Annual report of the Punjab Veterinary College and of the Civil Veterinary Department, Punjab - 1920-1925
Year: 1920
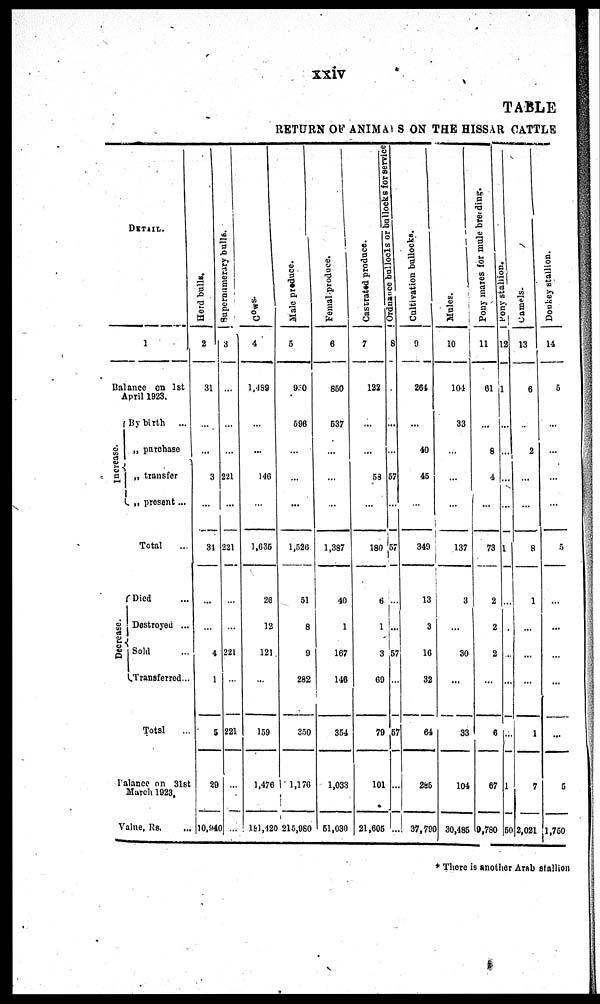
xxiv
TABLE
RETURN OF ANIMALS ON THE HISSAR CATTLE
DETAIL.
1
Balance on 1st
April 1923.
Increase{
By birth
...
„ purchase
„ transfer
present ...
Total
Decrease.{
Died ...
Destroyed ...
Sold
Transferred...
Total ...
Balance on 31st
March 1923.
Value, Rs. ...
Herd bulls.
2
31
...
...
3
...
34
...
...
4
1
5
29
10,940
Supernamerary bulls.
3
...
...
221
...
221
...
...
221
...
221
...
...
Cows.
4
1,489
...
...
146
...
1,635
26
12
121
...
159
1,476
161,420
Male produce.
5
930
596
...
...
...
1,526
51
8
9
282
350
1,170
215,980
Femal produce.
6
850
537
...
...
...
1,387
40
1
167
146
354
1,033
51,030
Castrated produce.
7
122
...
...
58
...
180
6
1
3
69
79
101
21,605
Ordance bullocls or bullocks for services
8
...
...
57
...
57
...
...
57
...
57
...
...
Cultivation bullocks.
9
264
...
40
45
...
349
13
3
10
32
64
285
37,700
Mules.
10
104
33
...
...
...
137
3
...
30
...
83
104
30,486
Pony mares for mule breeding.
11
61
...
8
4
...
73
2
2
2
...
6
67
9,780
Pony
stallion.
12
...
...
...
...
...
1
...
...
...
...
...
1
50
Camels.
13
6
...
2
...
...
8
1
...
...
...
1
7
2,021
Donkey stallion.
14
5
...
...
...
...
5
...
...
...
...
...
6
1,750
* There is another Arab stallion